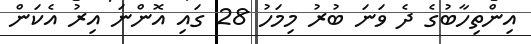
އިންތިހާބުގެ ދެ ވަނަ ބުރު މިމަހު 28 ގައި އޮންނަ އިރު އެކަން